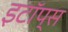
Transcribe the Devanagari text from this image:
इटॉप्स